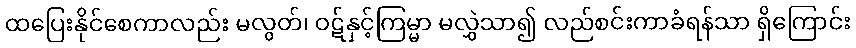
ထပြေးနိုင်စေကာလည်း မလွတ်၊ ဝဋ်နှင့်ကြမ္မာ မလွှဲသာ၍ လည်စင်းကာခံရန်သာ ရှိကြောင်း